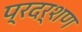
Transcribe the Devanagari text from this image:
प्रदर्शण